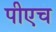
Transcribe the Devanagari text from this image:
पीएच